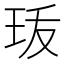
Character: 𤤣